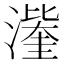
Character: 𭲹